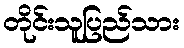
တိုင်းသူပြည်သား